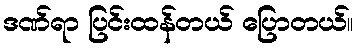
ဒဏ်ရာ ပြင်းထန်တယ် ပြောတယ်။